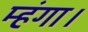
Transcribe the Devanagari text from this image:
म्हंगा।